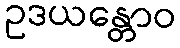
ဥဒယန္တောဝ